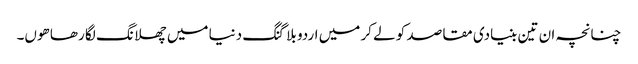
چنانچہ ان تین بنیادی مقاصد کو لے کر میں اردو بلاگنگ دنیا میں چھلانگ لگا رھا ھوں۔